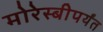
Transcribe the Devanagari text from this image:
मोरेस्बीपर्यंत